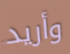
وأريد